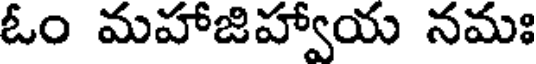
ఓం మహాజిహ్వాయ నమః